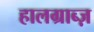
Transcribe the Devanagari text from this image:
हालग्राब्ज़